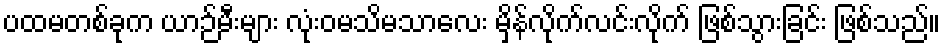
ပထမတစ်ခုက ယာဉ်မီးများ လုံးဝမသိမသာလေး မှိန်လိုက်လင်းလိုက် ဖြစ်သွားခြင်း ဖြစ်သည်။